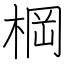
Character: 棡